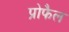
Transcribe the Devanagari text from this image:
प्रोफैल